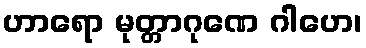
ဟာရော မုတ္တာဂုဏေ ဂါဟေ၊